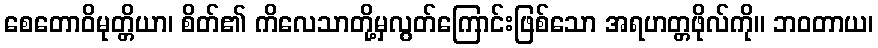
စေတောဝိမုတ္တိယာ၊ စိတ်၏ ကိလေသာတို့မှလွတ်ကြောင်းဖြစ်သော အရဟတ္တဖိုလ်ကို။ ဘဝတာယ၊